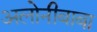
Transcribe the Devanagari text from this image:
अलोनीबाबा